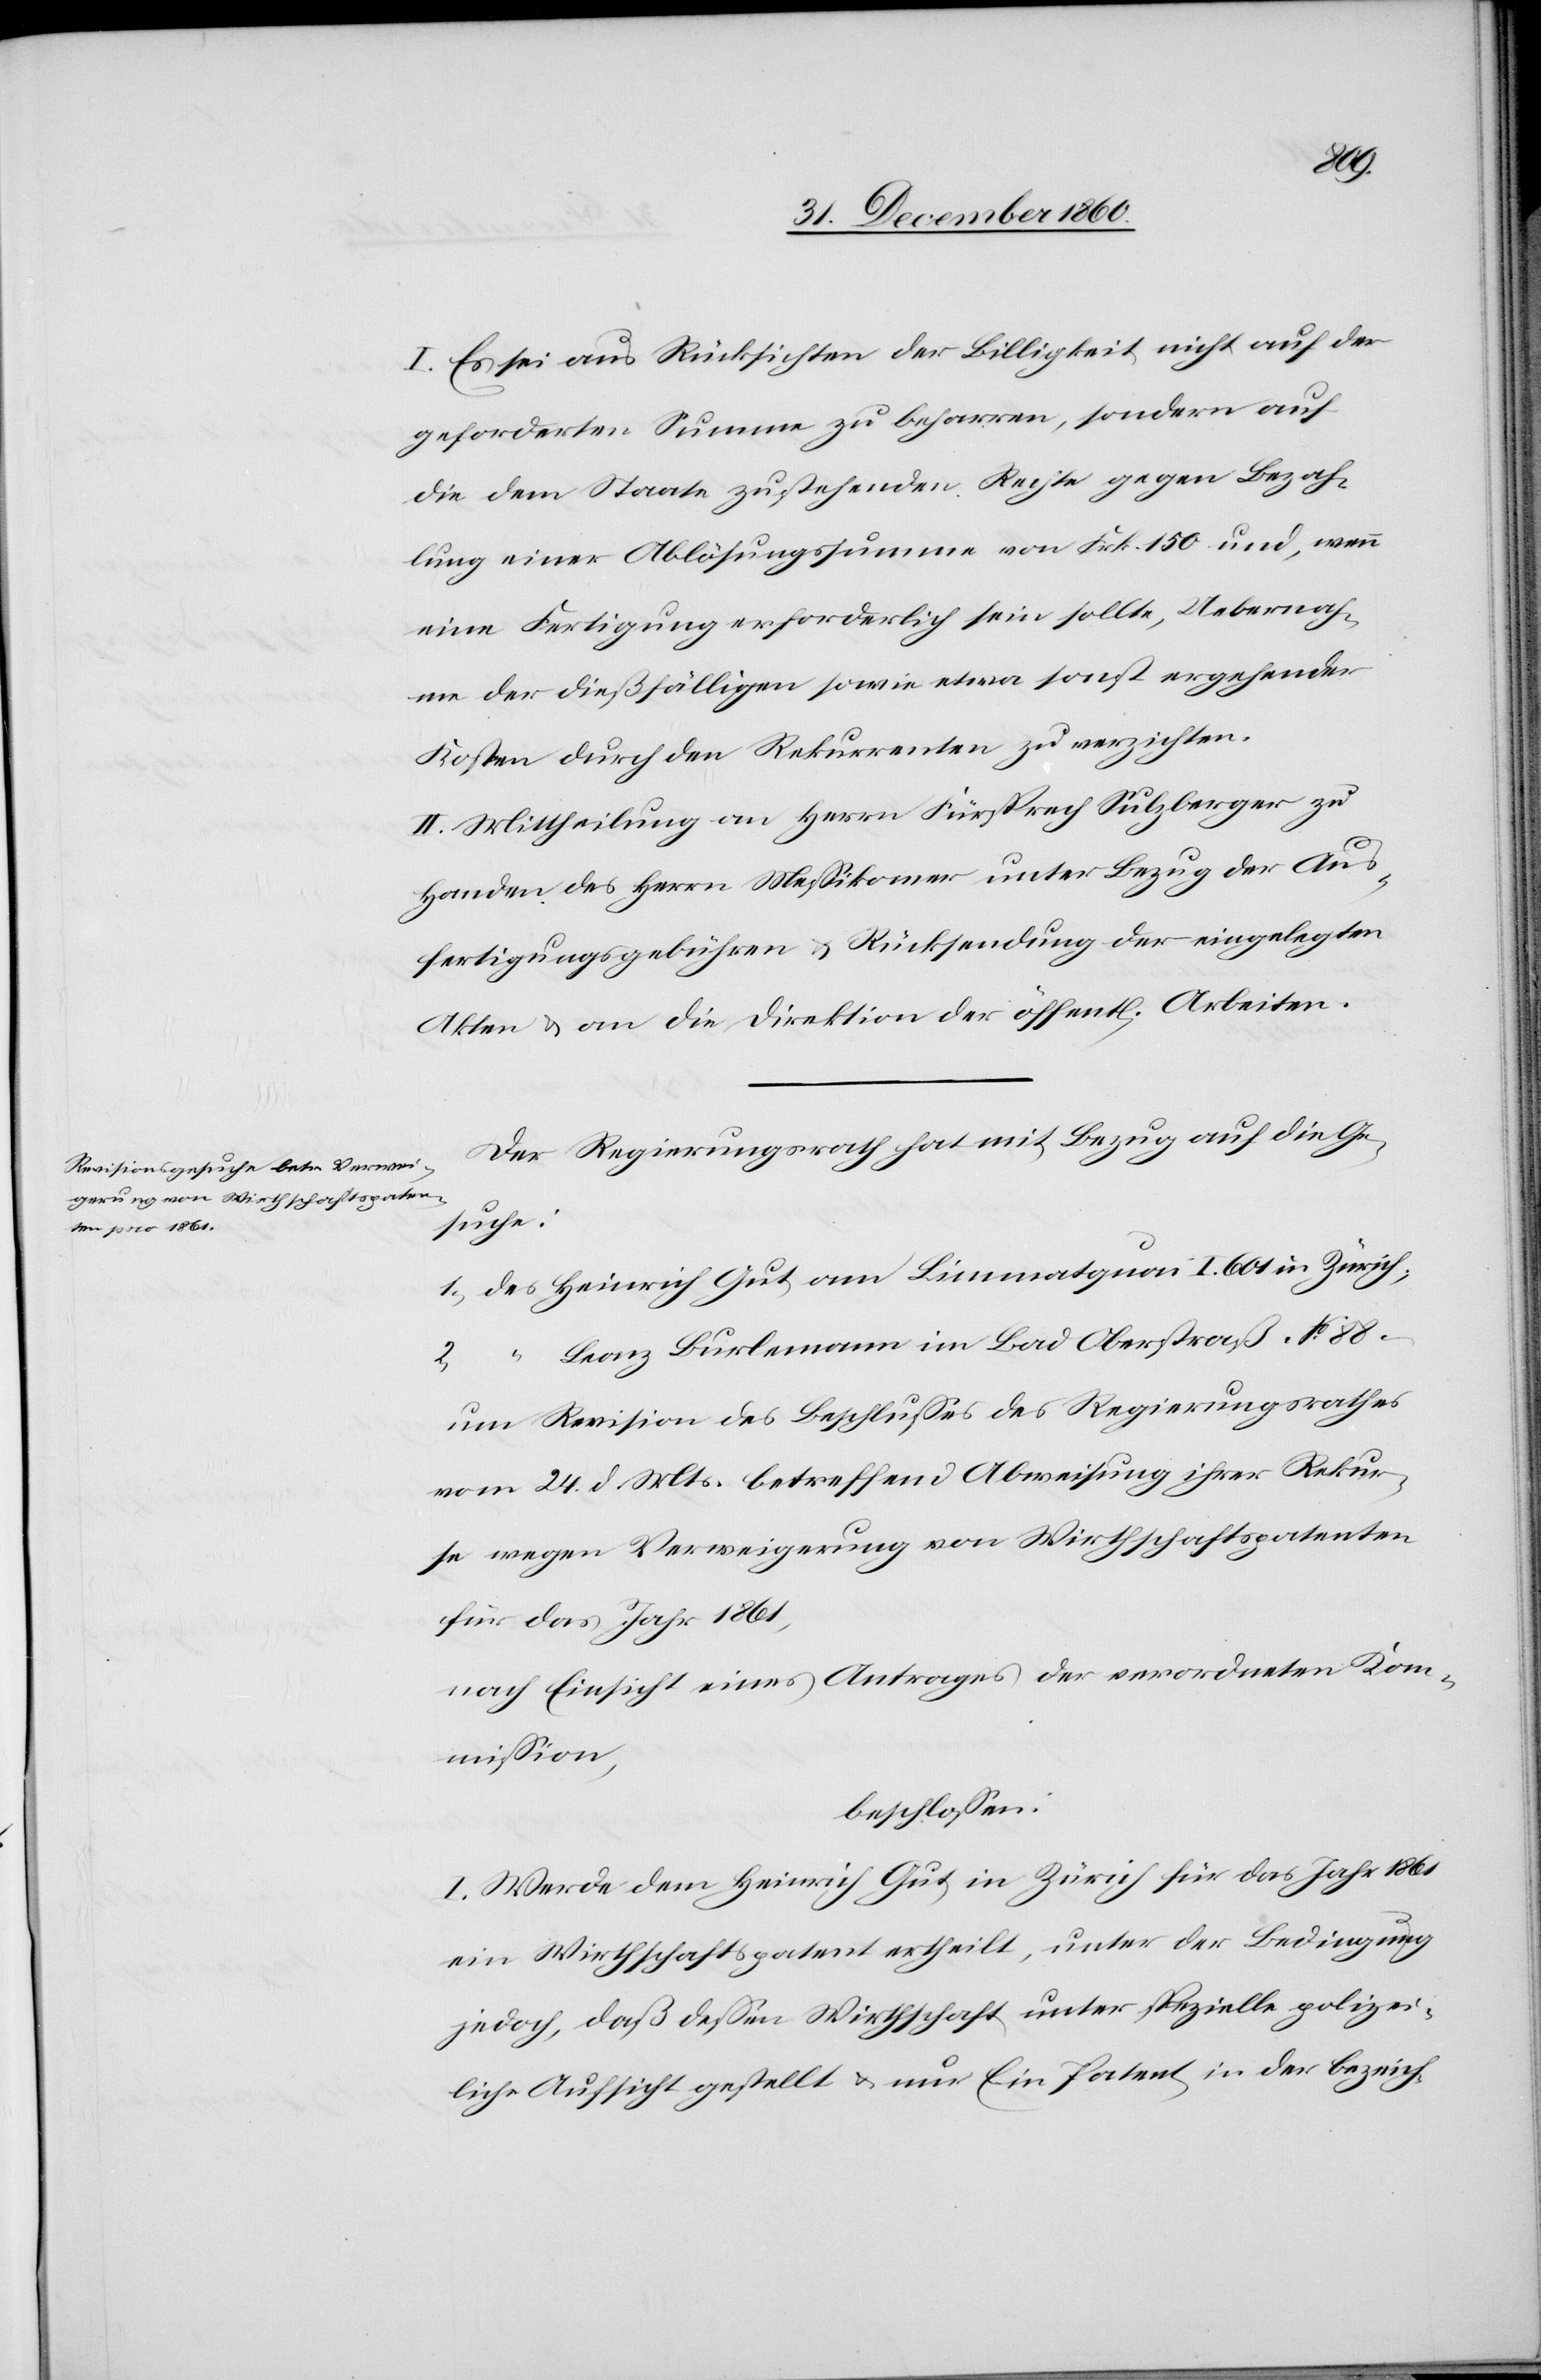
2.
I. Es sei aus Rücksichten der Billigkeit nicht auf der
geforderten Summe zu beharren, sondern auf
die dem Staate zustehenden Rechte gegen Bezah¬
lung einer Ablösungssumme von Frk. 150 und, wenn
eine Fertigung erforderlich sein sollte, Uebernah¬
me der dießfälligen sowie etwa sonst ergehender
Kosten durch den Rekurrenten zu verzichten.
II. Mittheilung an Herrn Fürsprech Sulzberger zu
Handen des Herrn Messikomer unter Bezug der Aus¬
fertigungsgebühren u. Rücksendung der eingelegten
Akten u. an die Direktion der öffent[lichen] Arbeiten.
Der Regierungsrath hat mit Bezug auf die Ge¬
suche:
Leonz Borlemann in Bad Oberstraß No 88
um Revision des Beschlusses des Regierungsrathes
vom 24. d. Mts. betreffend Abweisung ihrer Rekur¬
se wegen Verweigerung von Wirthschaftspatenten
für das Jahr 1861,
nach Einsicht eines Antrages der verordneten Kom¬
mission,
beschlossen:
I. Werde dem Heinrich Gut in Zürich für das Jahr 1861
ein Wirthschaftspatent ertheilt, unter der Bedingung
jedoch, daß dessen Wirthschaft unter spezielle polizei¬
liche Aufsicht gestellt u. nur Ein Patent in der bezeich-